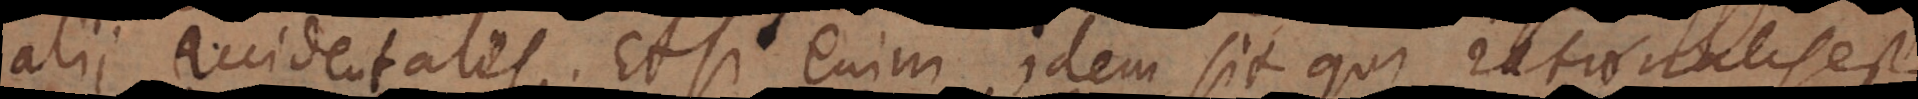
alii accidentales. Etsi enim idem sit qui rationalis est,